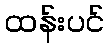
ထန်းပင်